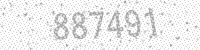
Solution: 887491